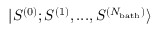
{ | S ^ { ( 0 ) } ; S ^ { ( 1 ) } , . . . , S ^ { ( N _ { \mathrm { b a t h } } ) } \rangle }